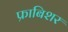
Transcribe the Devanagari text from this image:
फ्राबिशर